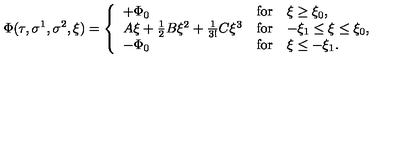
\Phi ( \tau , \sigma ^ { 1 } , \sigma ^ { 2 } , \xi ) = \left\{ \begin{array} { l c l } { + \Phi _ { 0 } } & { \mathrm { f o r } } & { \xi \geq \xi _ { 0 } , } \\ { A \xi + \frac { 1 } { 2 } B \xi ^ { 2 } + \frac { 1 } { 3 ! } C \xi ^ { 3 } } & { \mathrm { f o r } } & { - \xi _ { 1 } \leq \xi \leq \xi _ { 0 } , } \\ { - \Phi _ { 0 } } & { \mathrm { f o r } } & { \xi \leq - \xi _ { 1 } . } \\ \end{array} \right.